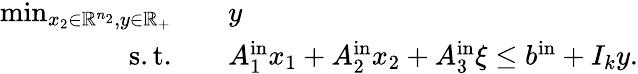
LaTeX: \begin{array}{rl}{\operatorname*{min}_{x_{2}\in{\mathbb R}^{n_{2}},y\in{\mathbb R}_{+}}\quad}&{y}\\ {\mathrm{s.t.}\quad}&{A_{1}^{\mathrm{in}}x_{1}+A_{2}^{\mathrm{in}}x_{2}+A_{3}^{\mathrm{in}}{\xi}\leq b^{\mathrm{in}}+I_{k}y.}\end{array}